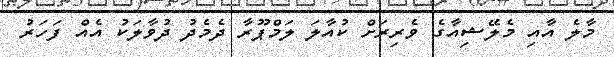
މާލެ އާއި މެލޭޝިއާގެ ވެރިރަށް ކުއާލަ ލަމްޕޫރާ ދެމެދު ދުވާލަކު އެއް ފަހަރު